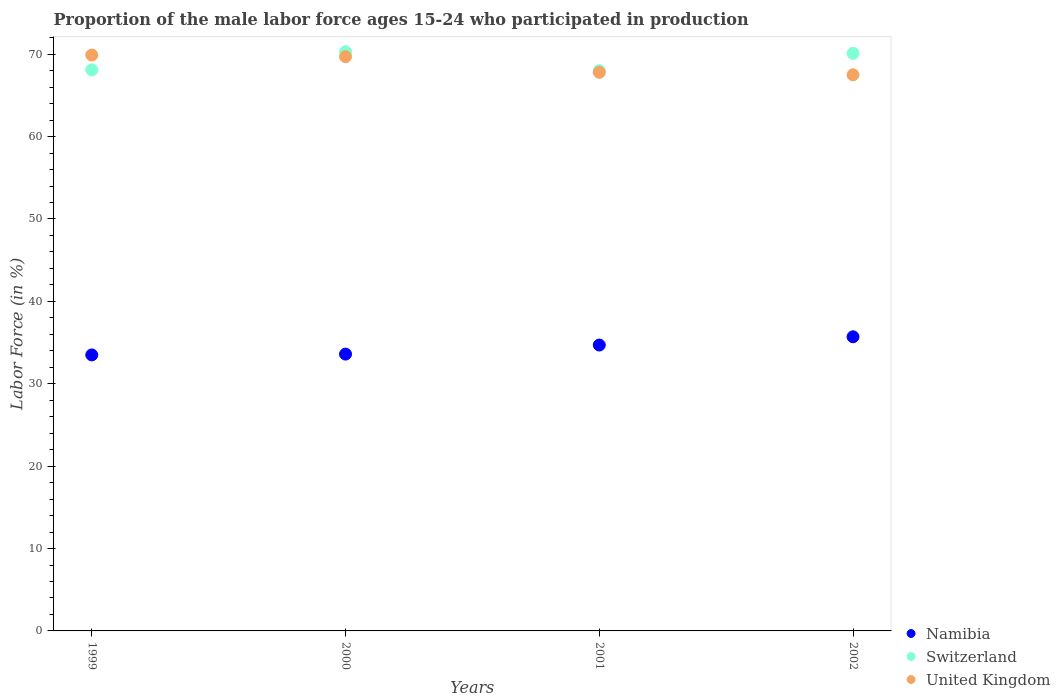
| Years | Namibia | Switzerland | United Kingdom |
 | --- | --- | --- | --- |
 | 1999 | 33.5 | 68.1 | 69.9 |
 | 2000 | 33.6 | 70.3 | 69.7 |
 | 2001 | 34.7 | 68 | 67.8 |
 | 2002 | 35.7 | 70.1 | 67.5 |